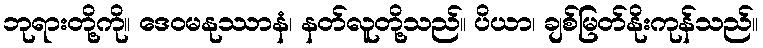
ဘုရားတို့ကို။ ဒေဝမနုဿာနံ၊ နတ်လူတို့သည်။ ပိယာ၊ ချစ်မြတ်နိုးကုန်သည်။